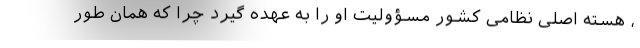
، هسته اصلی نظامی کشور مسؤولیت او را به عهده گیرد چرا که همان طور